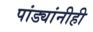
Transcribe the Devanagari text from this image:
पांड्यांनीही